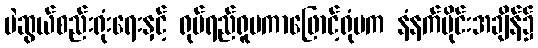
မဲဆွယ်စည်းရုံးရေးနှင့် ရုပ်ရည်ရူပကာဖြောင့်ရုံမက နံနက်ပိုင်းအချိန်၌